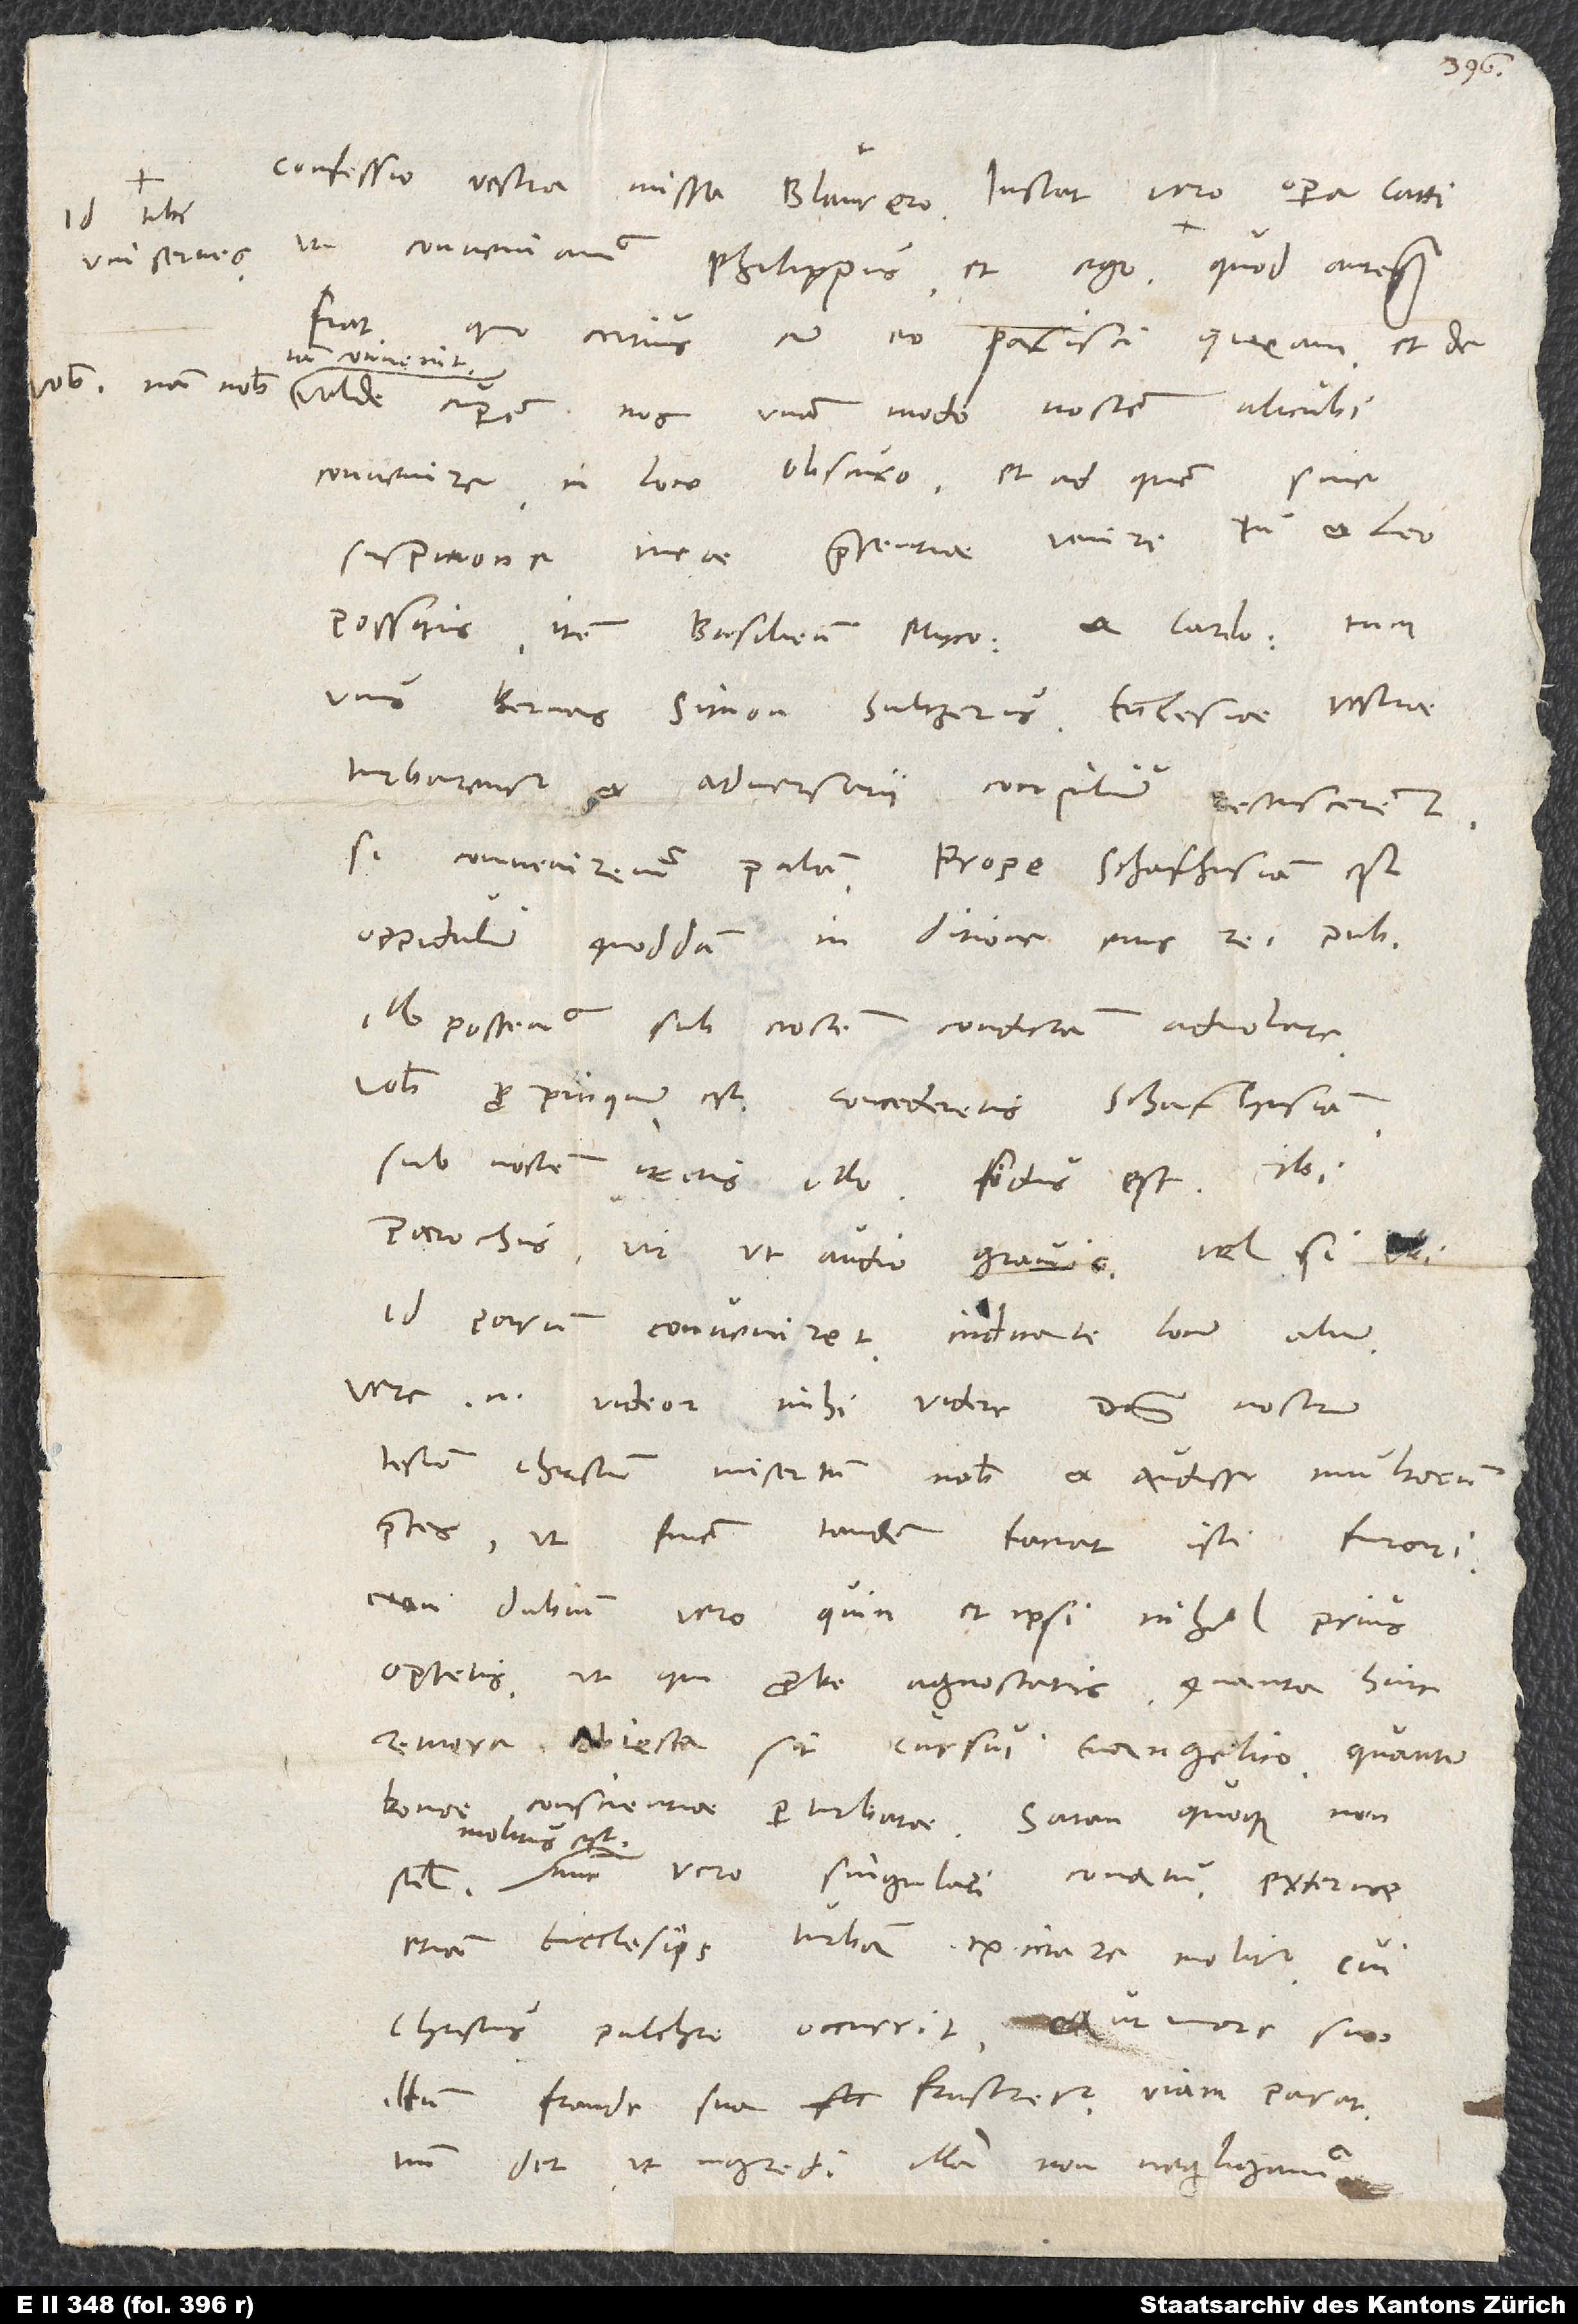
uni serves
vobis - nam nobis

fiat,
quo certius cum eo pacisci queam et de
valde cuperem nos unam modo noctem alicubi
convenire in loco obscuro et ad, quem sine
suspicione meae praesentiae venire tu et Leo
Illo possemus sub noctem condictam advolare.
Vobis propinquum est. Concederetis Schafhusiam,
sub noctem iretis illo. Fidus est ibi
parochus, vir, ut audio, gravis. Vel si ibi
id parum conveniret, indicate locum alium.
Vere enim videor mihi videre dominum nostrum
Iesum Christum misertum nobis et audisse multorum
preces, ut finem tandem faciat isti furori.
Non dubium vero, quin et ipsi nihil prius
optetis, ut qui probe agnoscatis, quanta hinc
remora obiecta sit cursui evangelico, quantum
bonae
conscientiae perturbatae. Satan quoque non
molitus est,
nunc vero singulari conatu externis
etiam ecclesiis turbam excitare molitur. Cui
Christus pulchre occurrit, et ut more suo
illum fraude sua frustretur, viam parat.
Tantum det, ut ingredi illa non negligamus.